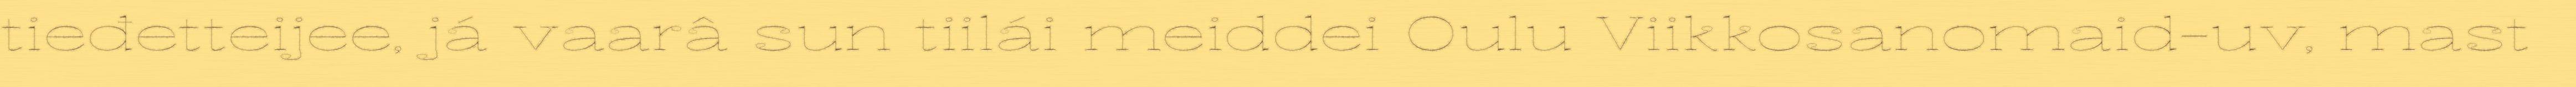
tieđetteijee, já vaarâ sun tiilái meiddei Oulu Viikkosanomaid-uv, mast